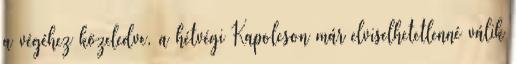
a végéhez közeledve, a hétvégi Kapolcson már elviselhetetlenné válik